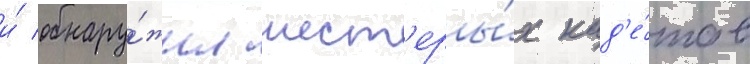
и́ обнару́жил шест'еры́х кад'е́тов